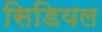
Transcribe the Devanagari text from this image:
सिडियल